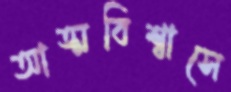
আত্মবিশ্বাসে